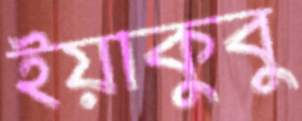
ইয়াকুবু